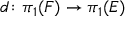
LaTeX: d \colon \pi _ { 1 } ( F ) \rightarrow \pi _ { 1 } ( E )